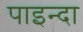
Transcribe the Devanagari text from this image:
पाइन्दा